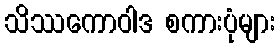
သိဿကောဝါဒ စကားပုံများ